Investigations into the jail dietaries of the United Provinces with some observations on the influence of dietary on the physical development and well-being of the people of the United Provinces - Number 48
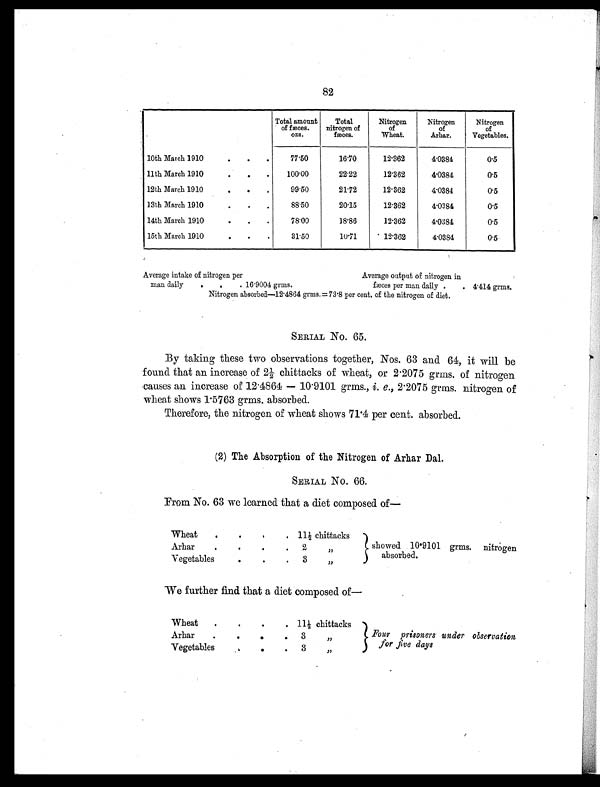
82
Total amount
of fæces.
o z s .
Total
nitrogen of
fæces.
Nitrogen
of
Wheat.
Nitrogen
of
Arhar.
Nitrogen
of
Vegetables.
10th March 1910
.
.
.
77.50
16.70
12.362
4.0384
0.5
11th March 1910
.
.
.
100.00
22.22
12.362
4.0384
0.5
12th March 1910
.
.
.
99.50
21.72
12.362
4.0384
0.5
13th March 1910
.
.
.
88.50
20.15
12.362
4.0384
0.5
14th March 1910
.
.
.
78.00
18.86
12.362
4.0384
0.5
15th March 1910
.
.
.
31.50
10.71
12.362
4.0384
0.5
Average intake of nitrogen per
Average output of nitrogen in
man daily
.
.
. 16. 9004 grms.
fæces per man daily .
. 4.414 grms.
Nitrogen absorbed—12.4864 grms.= 73.8 per cent. of the nitrogen of diet.
SERIAL No. 65.
By taking these two observations together, Nos. 63 and 64, it will be
found that an increase of 2½ chittacks of wheat, or 2.2075 grms. of nitrogen
causes an increase of 12.4864 — 10.9101 grms., i.e., 2.2075 grms. nitrogen of
wheat shows 1.5763 grms. absorbed.
Therefore, the nitrogen of wheat shows 71.4 per cent. absorbed.
(2) The Absorption of the Nitrogen of Arhar Dal.
SERIAL NO. 66.
From No. 63 we learned that a diet composed of—
Wheat
.
.
.
. 11½ chittacks
showed 10.9101 grms. nitrogen
a b s o r b e d .
Arhar
.
.
.
.
2 „
Vegetables
.
.
.
3 „
We further find that a diet composed of—
Wheat
.
.
. . 11½ chittacks
Four prisoners under observation
for five days
Arhar
.
.
.
.
3 „
Vegetables
.
.
.
3 „